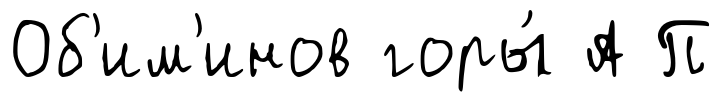
Об'им'инов горы́ А П